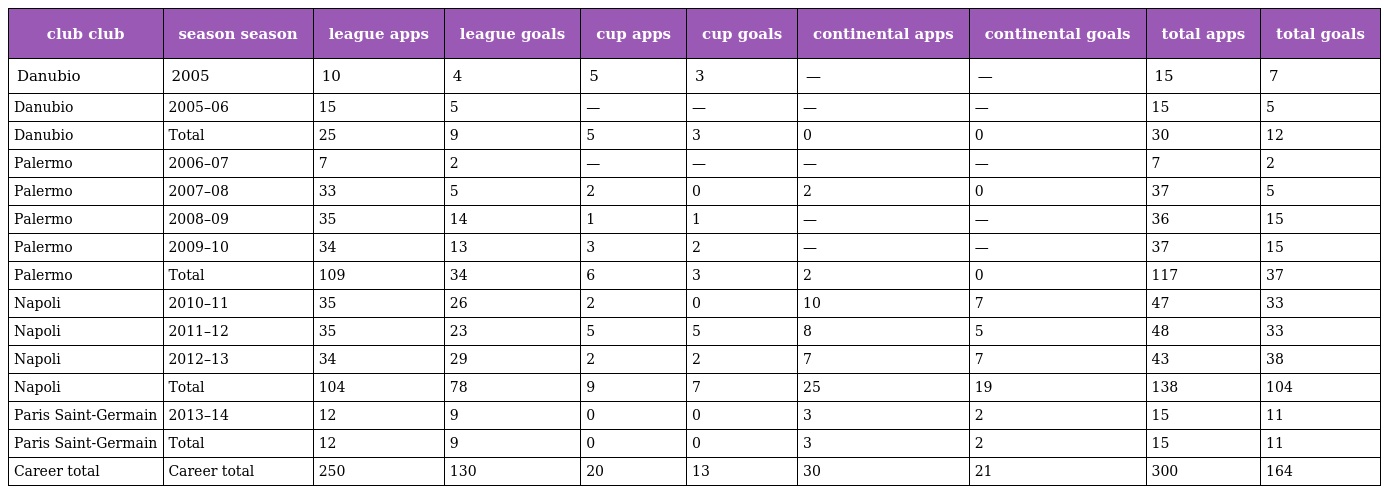
| club club | season season | league apps | league goals | cup apps | cup goals | continental apps | continental goals | total apps | total goals |
 | --- | --- | --- | --- | --- | --- | --- | --- | --- | --- |
 | Danubio | 2005 | 10 | 4 | 5 | 3 | — | — | 15 | 7 |
 | Danubio | 2005–06 | 15 | 5 | — | — | — | — | 15 | 5 |
 | Danubio | Total | 25 | 9 | 5 | 3 | 0 | 0 | 30 | 12 |
 | Palermo | 2006–07 | 7 | 2 | — | — | — | — | 7 | 2 |
 | Palermo | 2007–08 | 33 | 5 | 2 | 0 | 2 | 0 | 37 | 5 |
 | Palermo | 2008–09 | 35 | 14 | 1 | 1 | — | — | 36 | 15 |
 | Palermo | 2009–10 | 34 | 13 | 3 | 2 | — | — | 37 | 15 |
 | Palermo | Total | 109 | 34 | 6 | 3 | 2 | 0 | 117 | 37 |
 | Napoli | 2010–11 | 35 | 26 | 2 | 0 | 10 | 7 | 47 | 33 |
 | Napoli | 2011–12 | 35 | 23 | 5 | 5 | 8 | 5 | 48 | 33 |
 | Napoli | 2012–13 | 34 | 29 | 2 | 2 | 7 | 7 | 43 | 38 |
 | Napoli | Total | 104 | 78 | 9 | 7 | 25 | 19 | 138 | 104 |
 | Paris Saint-Germain | 2013–14 | 12 | 9 | 0 | 0 | 3 | 2 | 15 | 11 |
 | Paris Saint-Germain | Total | 12 | 9 | 0 | 0 | 3 | 2 | 15 | 11 |
 | Career total | Career total | 250 | 130 | 20 | 13 | 30 | 21 | 300 | 164 |